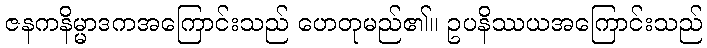
ဇနကနိမ္မာဒကအကြောင်းသည် ဟေတုမည်၏။ ဥပနိဿယအကြောင်းသည်